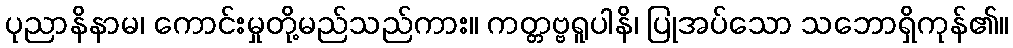
ပုညာနိနာမ၊ ကောင်းမှုတို့မည်သည်ကား။ ကတ္တဗ္ဗရူပါနိ၊ ပြုအပ်သော သဘောရှိကုန်၏။